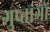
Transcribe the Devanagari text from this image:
गुप्‍तांगों